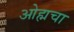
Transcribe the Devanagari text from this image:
ओह्मचा